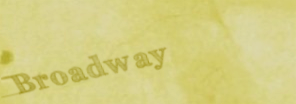
Broadway